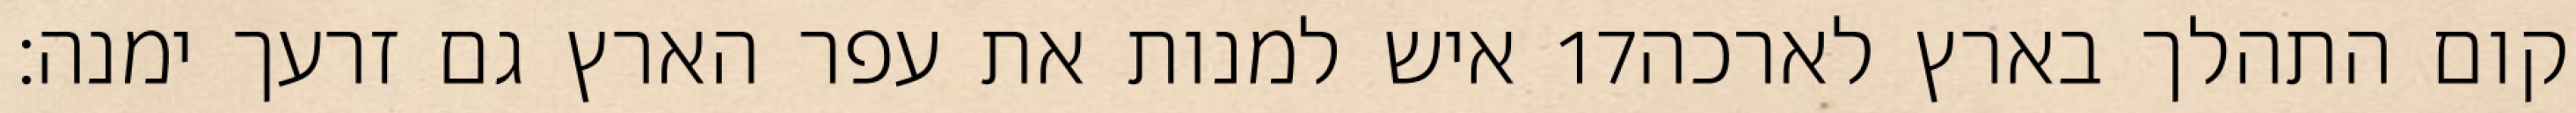
איש למנות את עפר הארץ גם זרעך ימנה׃ ‎17‏ קום התהלך בארץ לארכה